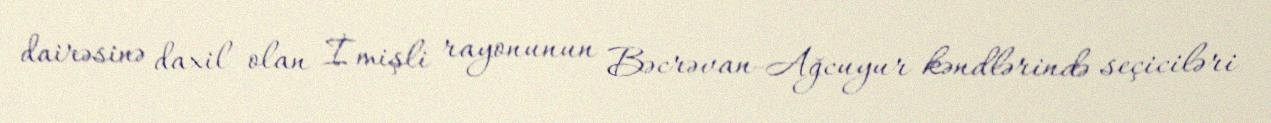
dairəsinə daxil olan İmişli rayonunun Bəcrəvan-Ağcuyur kəndlərində seçiciləri